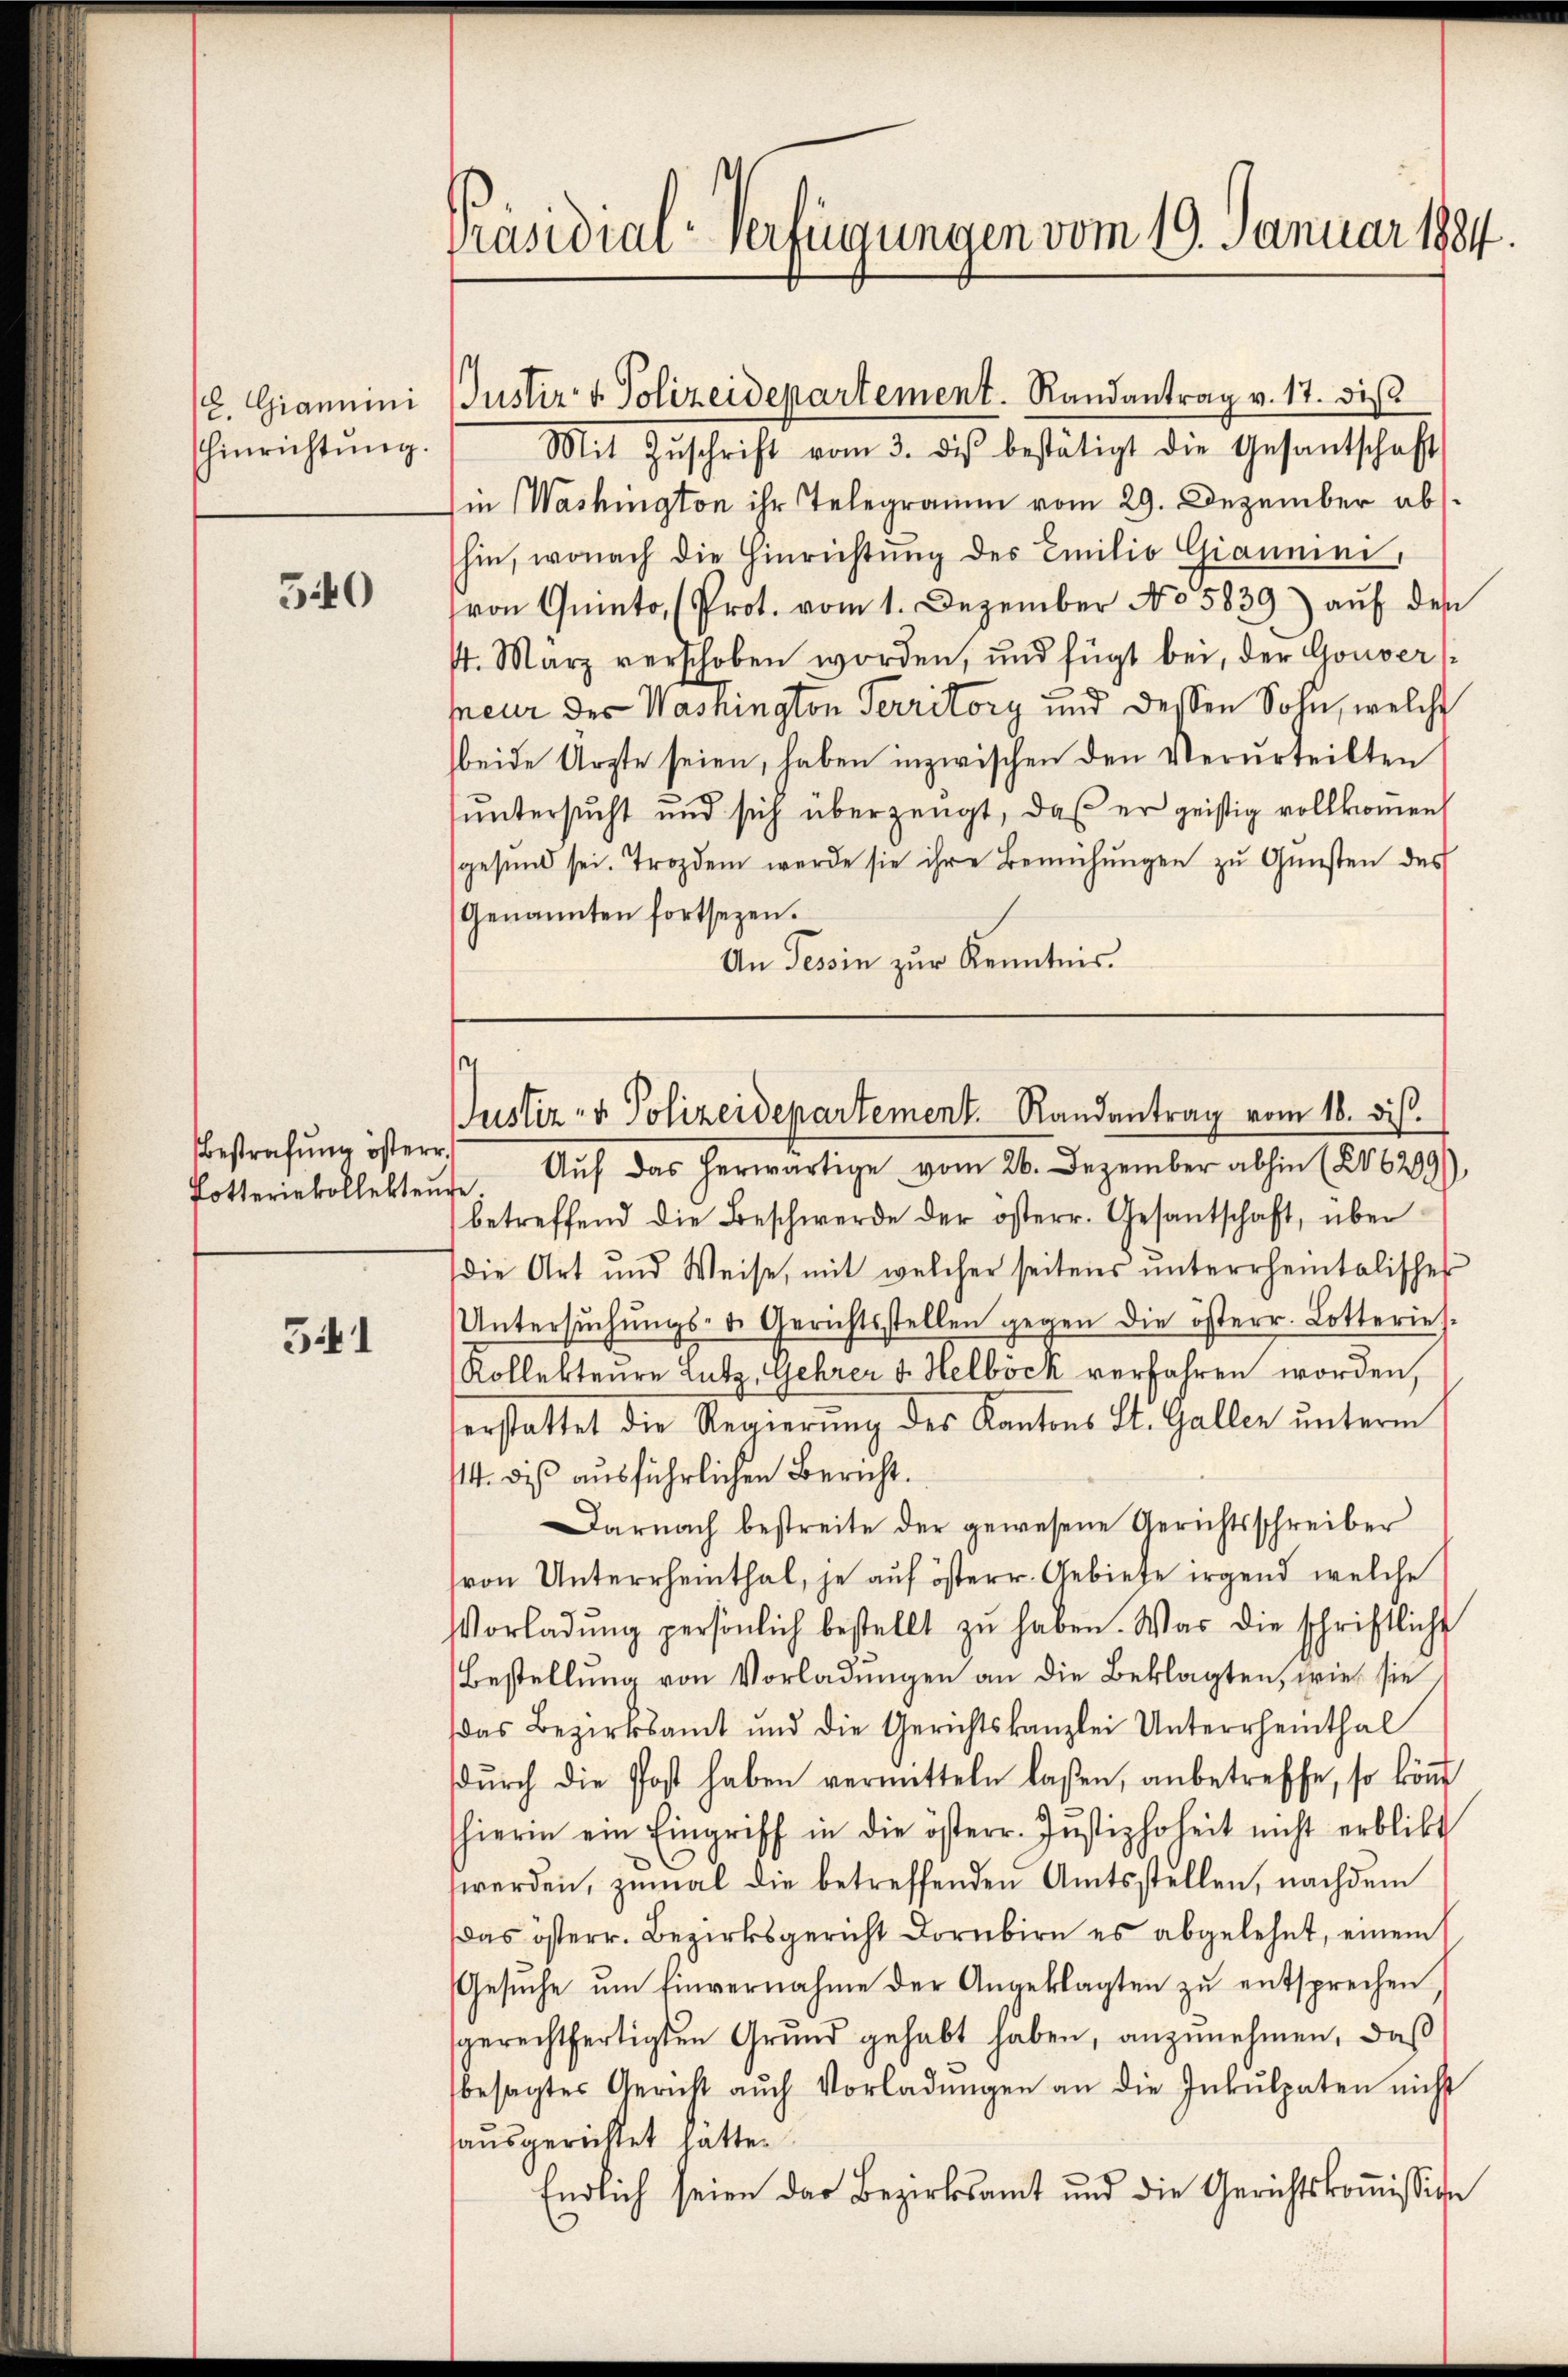
Giannini
hinrichtung.

540

Bestrafung österr.
Totteriekollektenge

541

Präsidial-Verfügungen vom 19. Januar 1884.

Mit Zŭschrift vom 3. diβ bestätigt die Gesantschaft
sien (Washington ihr Telegramm vom 29. Dezember abs
hin, wonach die Hinrichtung des Emilio Gianmni,
von Quinto, (Prot. vom 1. Dezember No. 5839) auf den
4. März verschoben worden, und fügt bei, der Gouvers
sneur der Washington Territory und dessen Sohn, welche
beide Ärzte seien, haben inzwischen den Verurteilten
ŭntersŭcht und sich überzeugt, daß er geistig vollkommen
gesund sei. Trozdem werde sie ihre Bemühungen zu Gunsten des
Genannten fortsezen.
An Tessin zur Kenntnis.

Justiz & Polizeidepartement. Randantrag v. 17. dis

4
Justiz- & Polizeidepartement. Randantrag vom 18. dis.

Auf das herwärtige vom 26. Dezember abhin (206209
betreffend die Beschwerde der österr. Gesantschaft, über
die Art und Weise, mit welcher seitens ŭnterrheintalisches
Untersŭchŭngs- u. Gerichtsstellen gegen die österr. Lotteries-
Kollekteure Lutz, Gehrer v. Helböck verfahren worden,
erstattet die Regierung des Kantons St. Gallen unterm
14. dis ausführlichen Bericht.
Darnach bestreite der gewesene Gerichtsschreiber
(von Unterrheinthal, je auf österr. Gebiete irgend welche
Vorladŭng persönlich bestellt zŭ haben. Was die schriftliche
Bestellung von Vorladungen an die Beklagten, wie sie
Das Bezirksamt und die Gerichtskanzlei Unterrheinthal
dŭrch die Post haben vermitteln laßen, anbetreffe, so kön
hierin ein Eingriff in die österr. Jŭstizhoheit nicht erblibt
werden, zumal die betreffenden Amtsstellen, nachdem
as österr. Bezirksgericht Dornbirn es abgelehnt, einem
Gesuche um Einvernahme der Angeklagten zu entsprechen
gerechtfertigten Grund gehabt haben, anzunehmen, daß
besagtes Gericht auch Vorladungen an die Inkulpaten nicht
ausgerichtet hatte.
Endlich seien der Bezirksamt und die Gerichtskoṁission